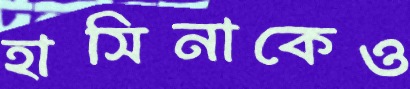
হাসিনাকেও